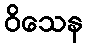
ဝိသေန